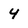
Character: 4